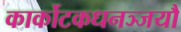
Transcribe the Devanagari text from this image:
कार्कोटकधनञ्जयौ